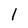
Character: I